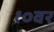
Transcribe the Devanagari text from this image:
१०वर